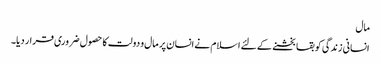
مال
انسانی زندگی کو بقا بخشنے کے لئے اسلام نے انسان پر مال و دولت کا حصول ضروری قرار دیا۔